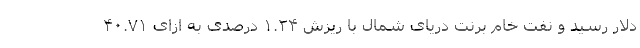
دلار رسید و نفت خام برنت دریای شمال با ریزش ۱.۲۴ درصدی به ازای ۴۰.۷۱